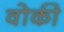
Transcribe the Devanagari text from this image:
वोकी